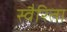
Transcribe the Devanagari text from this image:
स्वैरिता